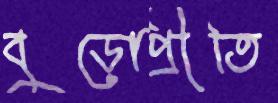
বুড়োপ্রীতি